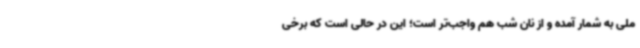
ملی به شمار آمده و از نان شب هم واجب‌تر است؛ این در حالی است که برخی